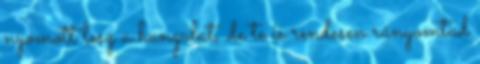
nyomott lesz a hangulat, de te is rendesen rányomtad